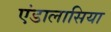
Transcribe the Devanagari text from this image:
एंडालासिया